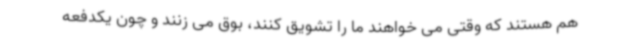
هم هستند که وقتی می خواهند ما را تشویق کنند، بوق می زنند و چون یکدفعه